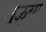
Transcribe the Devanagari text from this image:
तुळ्या